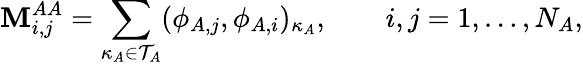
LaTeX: \mathbf{M}_{i,j}^{AA}=\sum_{\kappa_{A}\in\mathcal{T}_{A}}(\phi_{A,j},\phi_{A,i})_{\kappa_{A}},\qquad i,j=1,\dots,N_{A},